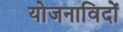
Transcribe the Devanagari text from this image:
योजनाविदों